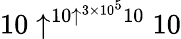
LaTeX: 10\uparrow^{10\uparrow^{3\times 10^{5}}10}10